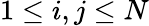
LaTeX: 1\leq i,j\leq N